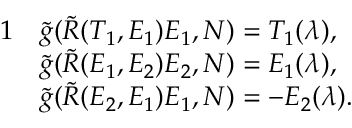
\begin{array} { r l } { { 1 } } & { \tilde { g } ( \tilde { R } ( T _ { 1 } , E _ { 1 } ) E _ { 1 } , N ) = T _ { 1 } ( \lambda ) , } \\ & { \tilde { g } ( \tilde { R } ( E _ { 1 } , E _ { 2 } ) E _ { 2 } , N ) = E _ { 1 } ( \lambda ) , } \\ & { \tilde { g } ( \tilde { R } ( E _ { 2 } , E _ { 1 } ) E _ { 1 } , N ) = - E _ { 2 } ( \lambda ) . } \end{array}